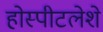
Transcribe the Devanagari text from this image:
होस्पीटलेशे